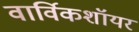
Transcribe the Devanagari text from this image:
वार्विकशॉयर